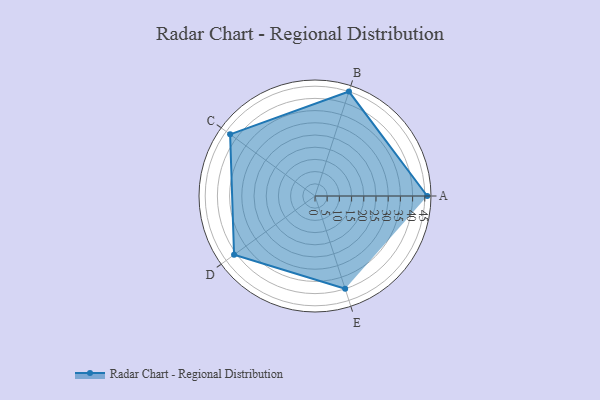
{"axis": {"x": "Skill", "y": "Score"}, "legend": ["Profile"], "data": [{"x": "A", "y": 46.0, "type": "Profile"}, {"x": "B", "y": 45.0, "type": "Profile"}, {"x": "C", "y": 43.0, "type": "Profile"}, {"x": "D", "y": 41.0, "type": "Profile"}, {"x": "E", "y": 40.0, "type": "Profile"}]}